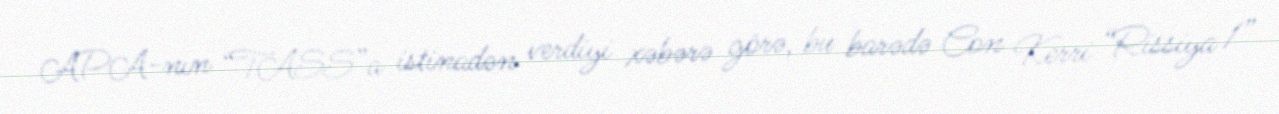
APA-nın “TASS”a istinadən verdiyi xəbərə görə, bu barədə Con Kerri “Rissiya 1”